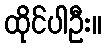
ထိုင်ပါဦး။